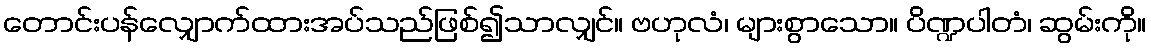
တောင်းပန်လျှောက်ထားအပ်သည်ဖြစ်၍သာလျှင်။ ဗဟုလံ၊ များစွာသော။ ပိဏ္ဍပါတံ၊ ဆွမ်းကို။